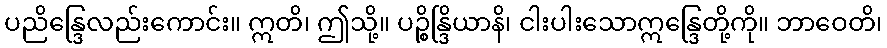
ပညိန္ဒြေလည်းကောင်း။ ဣတိ၊ ဤသို့။ ပဉ္စိန္ဒြိယာနိ၊ ငါးပါးသောဣန္ဒြေတို့ကို။ ဘာဝေတိ၊